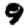
Digit: 9